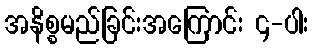
အနိစ္စမည်ခြင်းအကြောင်း ၄-ပါး